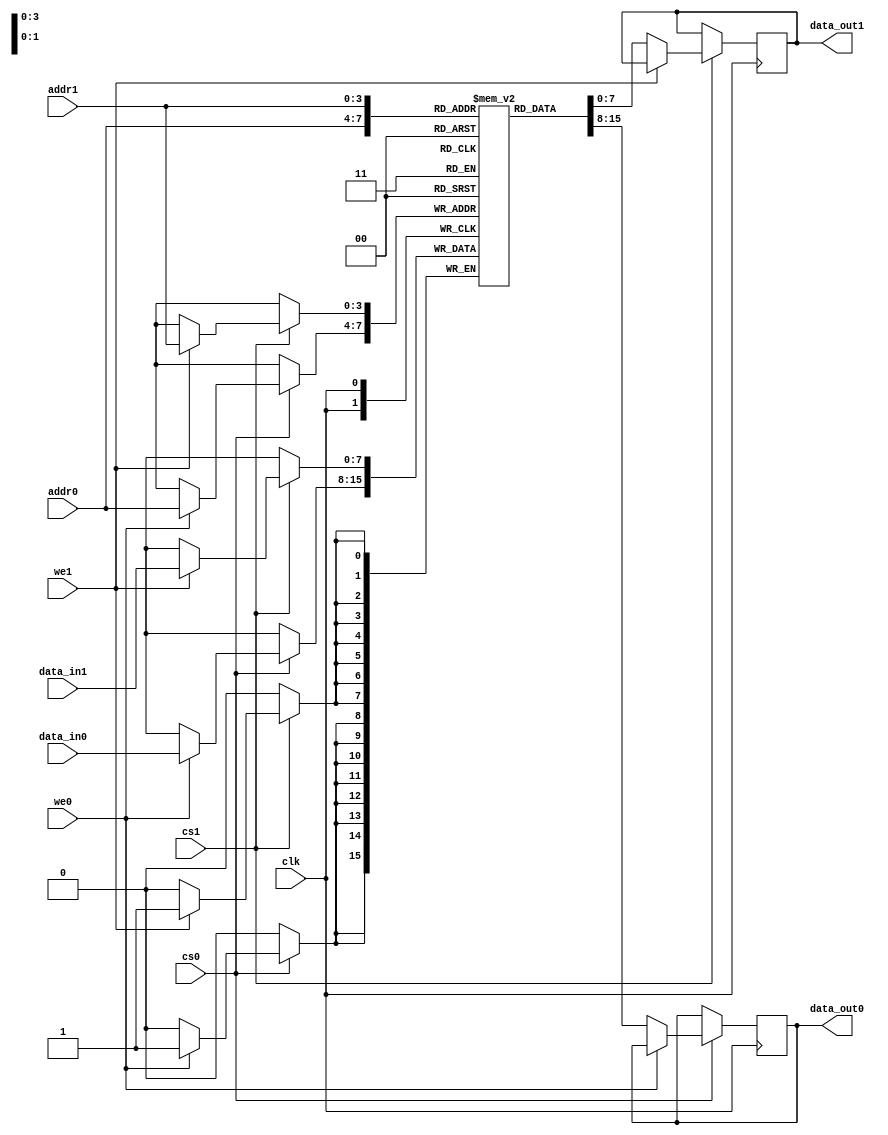
module MPSRAM #(
    parameter DATA_WIDTH = 8,      // Width of data bus
    parameter ADDR_WIDTH = 4,      // Width of address bus
    parameter MEM_DEPTH = 16        // Depth of the memory array
)(
    input  wire                   clk,       // Clock signal
    input  wire [ADDR_WIDTH-1:0] addr0,     // Address for Port 0
    input  wire [ADDR_WIDTH-1:0] addr1,     // Address for Port 1
    input  wire [DATA_WIDTH-1:0] data_in0,  // Data input for Port 0
    input  wire [DATA_WIDTH-1:0] data_in1,  // Data input for Port 1
    input  wire                   we0,       // Write enable for Port 0
    input  wire                   we1,       // Write enable for Port 1
    input  wire                   cs0,       // Chip select for Port 0
    input  wire                   cs1,       // Chip select for Port 1
    output reg [DATA_WIDTH-1:0]   data_out0, // Data output for Port 0
    output reg [DATA_WIDTH-1:0]   data_out1  // Data output for Port 1
);

    // Memory array
    reg [DATA_WIDTH-1:0] mem [0:MEM_DEPTH-1];

    // Port 0 operation
    always @(posedge clk) begin
        if (cs0) begin
            if (we0) 
                mem[addr0] <= data_in0; // Write operation for Port 0
            else 
                data_out0 <= mem[addr0]; // Read operation for Port 0
        end
    end

    // Port 1 operation
    always @(posedge clk) begin
        if (cs1) begin
            if (we1) 
                mem[addr1] <= data_in1; // Write operation for Port 1
            else 
                data_out1 <= mem[addr1]; // Read operation for Port 1
        end
    end

endmodule